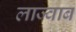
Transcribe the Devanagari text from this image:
लाज्वाब